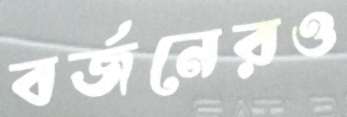
বর্জনেরও